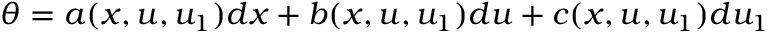
\theta = a ( x , u , u _ { 1 } ) d x + b ( x , u , u _ { 1 } ) d u + c ( x , u , u _ { 1 } ) d u _ { 1 }